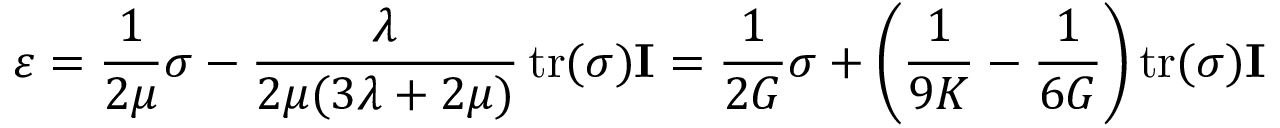
{ \boldsymbol { \varepsilon } } = { \frac { 1 } { 2 \mu } } { \boldsymbol { \sigma } } - { \frac { \lambda } { 2 \mu ( 3 \lambda + 2 \mu ) } } \operatorname { t r } ( { \boldsymbol { \sigma } } ) \mathbf { I } = { \frac { 1 } { 2 G } } { \boldsymbol { \sigma } } + \left( { \frac { 1 } { 9 K } } - { \frac { 1 } { 6 G } } \right) \operatorname { t r } ( { \boldsymbol { \sigma } } ) \mathbf { I }